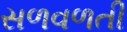
સળવળતી